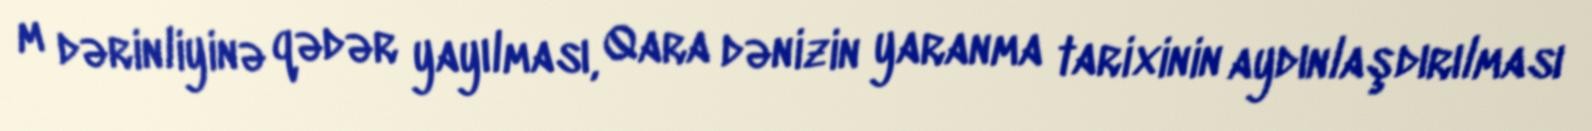
m dərinliyinə qədər yayılması, Qara dənizin yaranma tarixinin aydınlaşdırılması